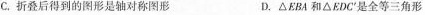
C.折叠后得到的图形是轴对称图形 D.△EBA和△EDC^{'}是全等三角形